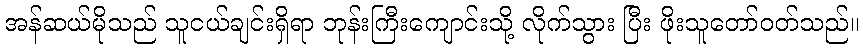
အန်ဆယ်မိုသည် သူငယ်ချင်းရှိရာ ဘုန်းကြီးကျောင်းသို့ လိုက်သွား ပြီး ဖိုးသူတော်ဝတ်သည်။